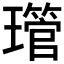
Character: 𤪔